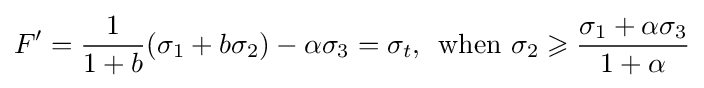
F'={\frac {1}{1+b}}({\sigma _{1}}+b{\sigma _{2}})-\alpha {\sigma _{3}}={\sigma _{t}},\,{\text{ when }}{\sigma _{2}}\geqslant {\frac {{\sigma _{1}}+\alpha {\sigma _{3}}}{1+\alpha }}